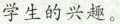
学生的兴趣。